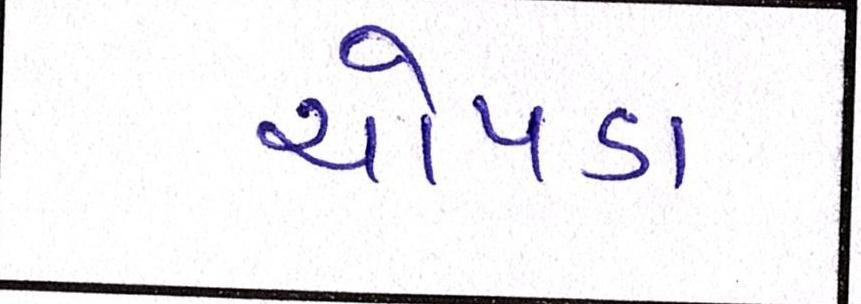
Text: ચોપડા